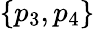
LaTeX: \{ p_{3},p_{4}\}